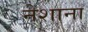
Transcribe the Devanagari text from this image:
नेशाना